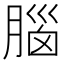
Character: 腦